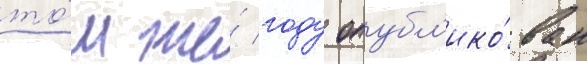
то́м же́ году опубл'ико́ван